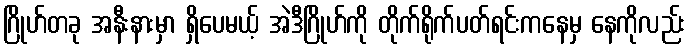
ဂြိုဟ်တခု အနီးနားမှာ ရှိပေမယ့် အဲဒီဂြိုဟ်ကို တိုက်ရိုက်ပတ်ရင်းကနေမှ နေကိုလည်း